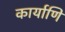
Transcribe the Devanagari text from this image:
कार्याणि